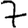
Digit: 7